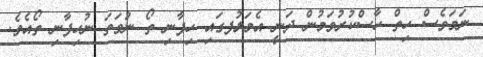
ނަމަވެސް ހިތް ހާސްކުރުވަމުން ދަނީ އެމަލުފގައި ހިފާނި ތޯ ނުވަތަ ނުހިފާނި ތޯއެވެ.